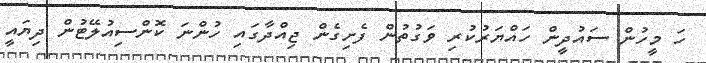
ހަ މީހުން ސައުދީން ހައްޔަރުކުރި ވަގުތުން ފެށިގެން ޖިއްދާގައި ހުންނަ ކޮންސިއުލޭޓުން ދިޔައީ